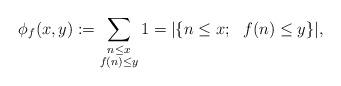
LaTeX: \begin{align*}\phi_{f}(x, y):=\sum_{\substack{n \leq x\\ f(n) \leq y}}1=|\{ n \leq x; \ \ f(n) \leq y\}|,\end{align*}